Report of the Indian Hemp Drugs Commission, 1894-1895 - Volume I
Year: 1894
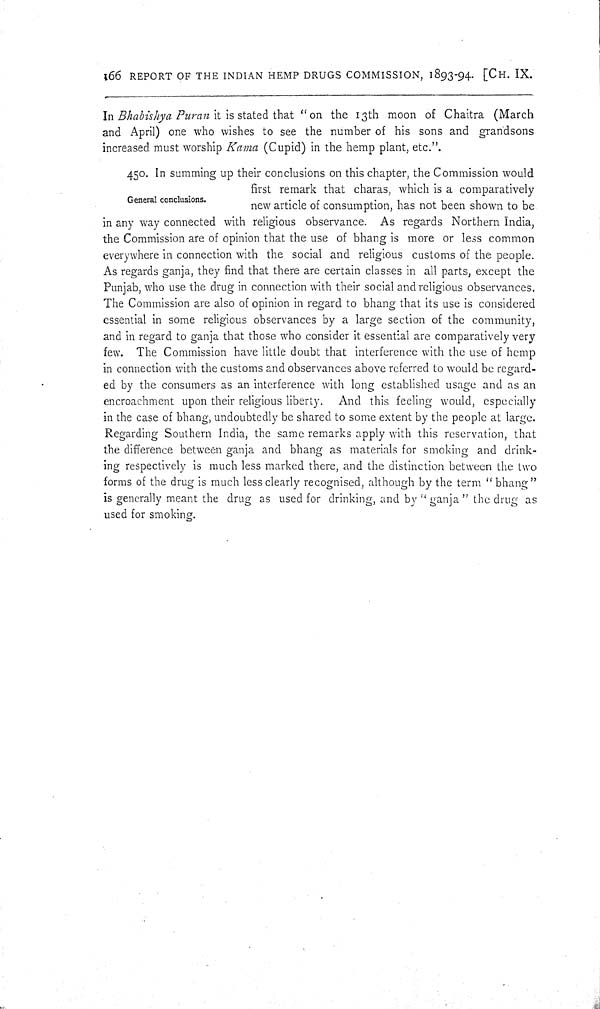
l66 REPORT OF THE INDIAN HEMP DRUGS COMMISSION, 1893-94. [CH. IX.
In Bhabishya Puran it is stated that "on the 13th moon of Chaitra (March
and April) one who wishes to see the number of his sons and grandsons
increased must worship Kama (Cupid) in the hemp plant, etc."
General conclusions.
450. In summing up their conclusions on this chapter, the Commission would
first remark that charas, which is a comparatively
new article of consumption, has not been shown to be
in any way connected with religious observance. As regards Northern India,
the Commission are of opinion that the use of bhang is more or less common
everywhere in connection with the social and religious customs of the people.
As regards ganja, they find that there are certain classes in all parts, except the
Punjab, who use the drug in connection with their social and religious observances.
The Commission are also of opinion in regard to bhang that its use is considered
essential in some religious observances by a large section of the community,
and in regard to ganja that those who consider it essential are comparatively very
few. The Commission have little doubt that interference with the use of hemp
in connection with the customs and observances above referred to would be regard-
ed by the consumers as an interference with long established usage and as an
encroachment upon their religious liberty. And this feeling would, especially
in the case of bhang, undoubtedly be shared to some extent by the people at large.
Regarding Southern India, the same remarks apply with this reservation, that
the difference between ganja and bhang as materials for smoking and drink-
ing respectively is much less marked there, and the distinction between the two
forms of the drug is much less clearly recognised, although by the term "bhang"
is generally meant the drug as used for drinking, and by "ganja" the drug as
used for smoking.